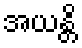
အယန္တိ